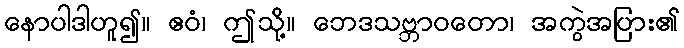
နောပါဒါဟူ၍။ ဧဝံ၊ ဤသို့။ ဘေဒသဗ္ဘာဝတော၊ အကွဲအပြား၏